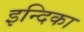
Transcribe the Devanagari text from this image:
इन्दिका